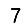
Digit: 7